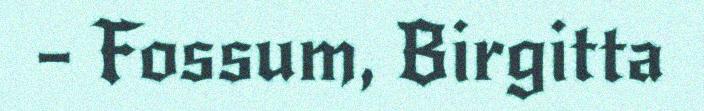
– Fossum, Birgitta